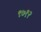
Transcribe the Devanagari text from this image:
९७१२